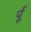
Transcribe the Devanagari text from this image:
र्पू